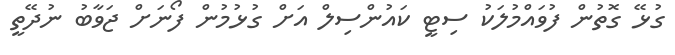
ގުޅޭ ގޮތުން ފުވައްމުލަކު ސިޓީ ކައުންސިލް އަށް ގުޅުމުން ފޯނަށް ޖަވާބު ނުދޭތީ